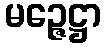
မဉ္ဇေဋ္ဌာ